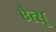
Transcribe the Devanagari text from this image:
ऐत्सू